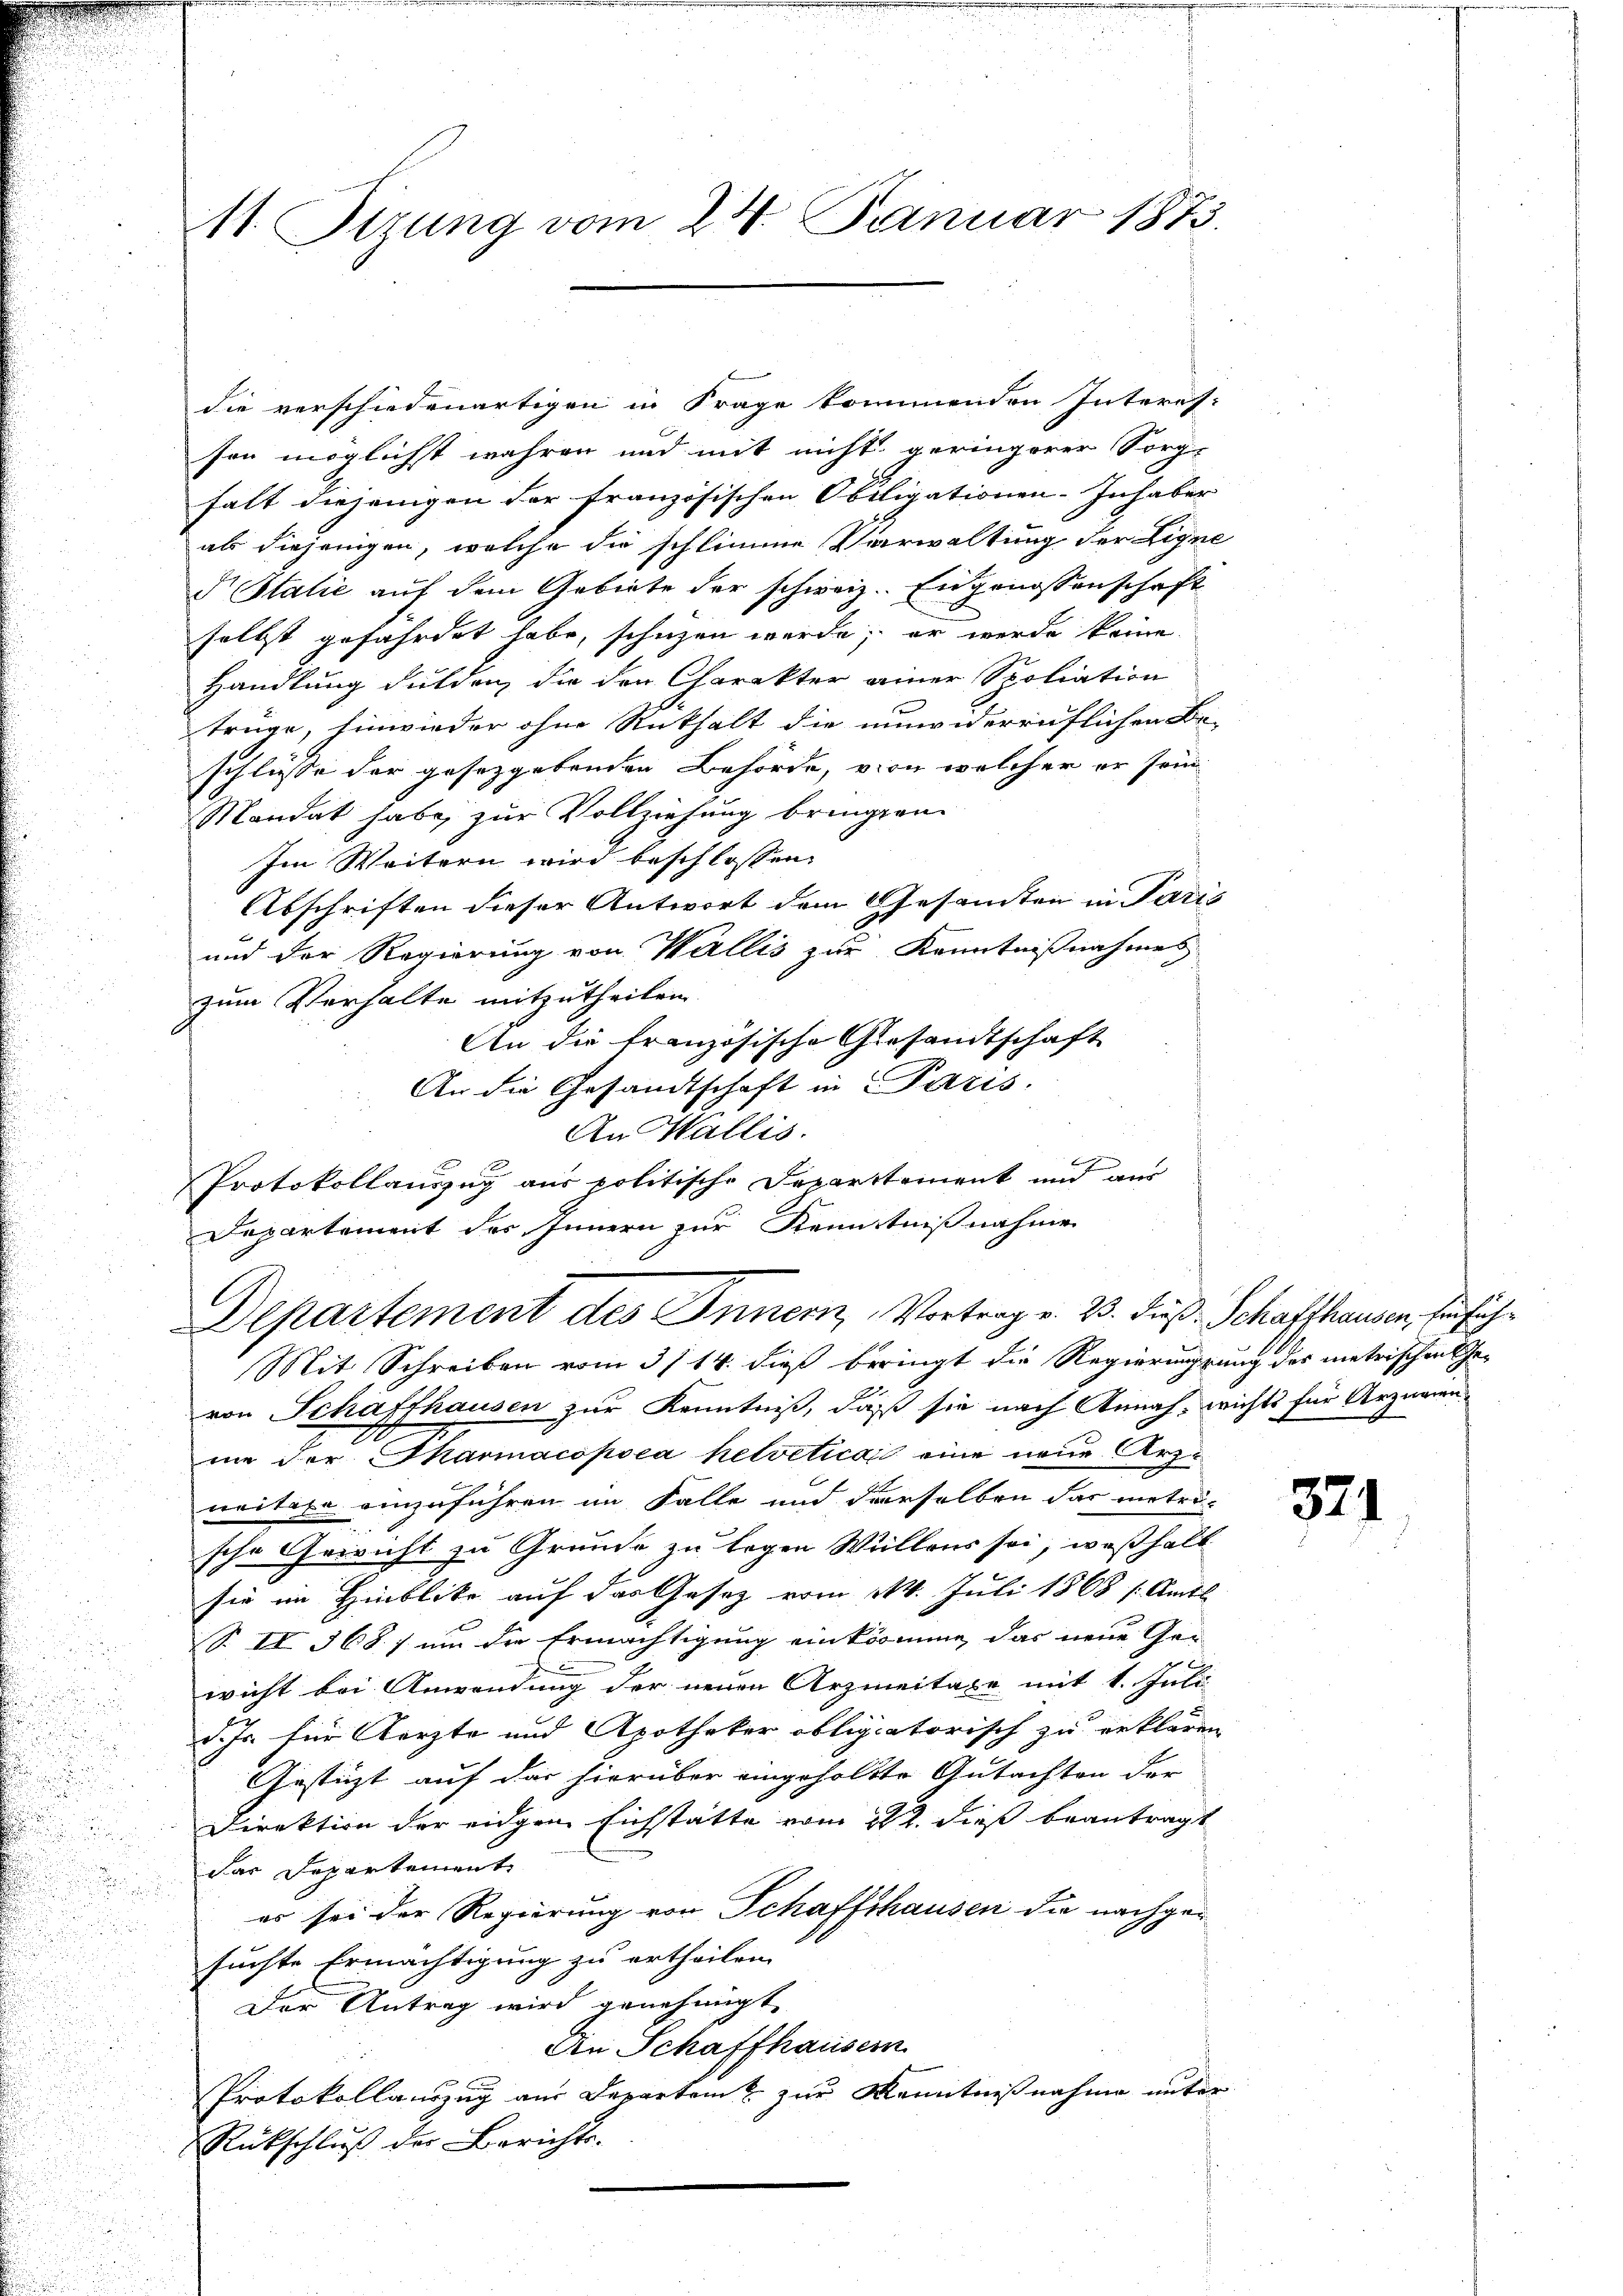
die verschiedenartigen in Frage kommenden Interes-
sen möglichst wahren und mit nicht geringerer Sorg-
falt diejenigen der französischen Obligationen-Inhaber
als diejenigen, welche die schlimme Verwaltung der Eigne
d Italić auf dem Gebiete der schweiz. Eingenossenschaft
selbst gefährdet habe, schuzen werde; er werde keine
Handlung dulden, die den Charakter einer Spoliation
trüge, hinwieder ohne Rückhalt die unwiderruflichen Be-
schlüsse der gesetzgebenden Behörde, von welcher er sein
Mandat habe, zur Vollziehung bringen.
Im Weitern wird beschlossen:
Abschriften dieser Antwort dem Gesandten in Paris
und der Regierung von Wallis zur Kenntnißnahmes
zum Verhalte mitzutheilen
An die französische Gesandtschaft
An die Gesandtschaft in Paris.
An Wallis.
Protokollauszug aus politische Departement und aus
Dapartement des Innern zur Kenntnißnahme

11. Sirung vom 24. Januar 1873.

von Schaffhausen zur Kenntniß, daß sie nach Annah wichts für Arzneinnie der Marmacopoea helveticai eine neue Arzneitere einzuführen im Falle und derselben das metri-
sche Gewicht zu Grunde zu legen Wüllons sei, weßhalb
sie im Hinblicke auf das Gesetz vom 11. Juli 1868 (Amts
S. II 368. 7 um die Ermächtigung einkomme, das neue Ge-
wicht bei Anwendung der neuen Arzmeitaxe mit 1. Juli
d. Js für Aerzte und Apotheker obligatorisch zu erklären,
Gestüzt auf das hierüber eingeholte Gutachten der
Direktion der eidgen Eichstatte vom 21. dieß beantragt
das Departement
es sei der Regierung von Schaffthausen die nachgesuchte Ermächtigung zu ertheilen.
Der Antrag wird genehmigt.
Die Schaffhausern
Protokollauszug aus Departen & zur Kenntnißnahme unter
Rückschluß der Berichts-

Departement des Innern, Vortrag v. 23. dieß, Schaffhausen, Einfüh¬
Mit Schreiben vom 3/14. dieß beringt die Regierungsung des metrischen Ge-

521